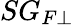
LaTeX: SG_{F\perp}